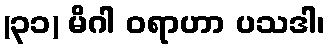
(၃၁) မိဂါ ဝရာဟာ ပသဒါ၊